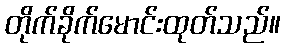
တိုက်ခိုက်မောင်းထုတ်သည်။